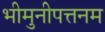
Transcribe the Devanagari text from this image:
भीमुनीपत्तनम